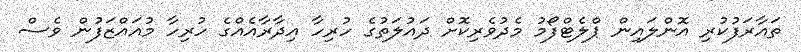
ތައާރަފުކުރި އޮންލައިން ޕްލެޓްފޯމު މެދުވެރިކޮށް ދައުލަތުގެ ހުރިހާ އިދާރާއެއްގެ ހުރިހާ މުއައްޒަފުން ވެސް